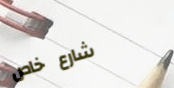
شارع خاص